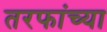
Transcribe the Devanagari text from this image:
तरफांच्या